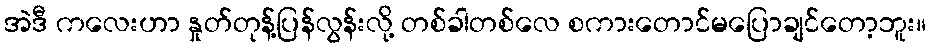
အဲဒီ ကလေးဟာ နှုတ်တုန့်ပြန်လွန်းလို့ တစ်ခါတစ်လေ စကားတောင်မပြောချင်တော့ဘူး။